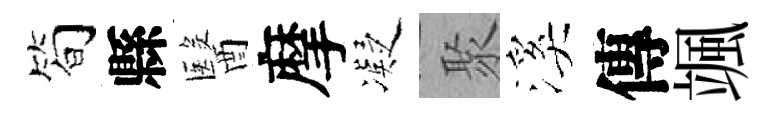
筍縣醫摩凝聚溪傳颯